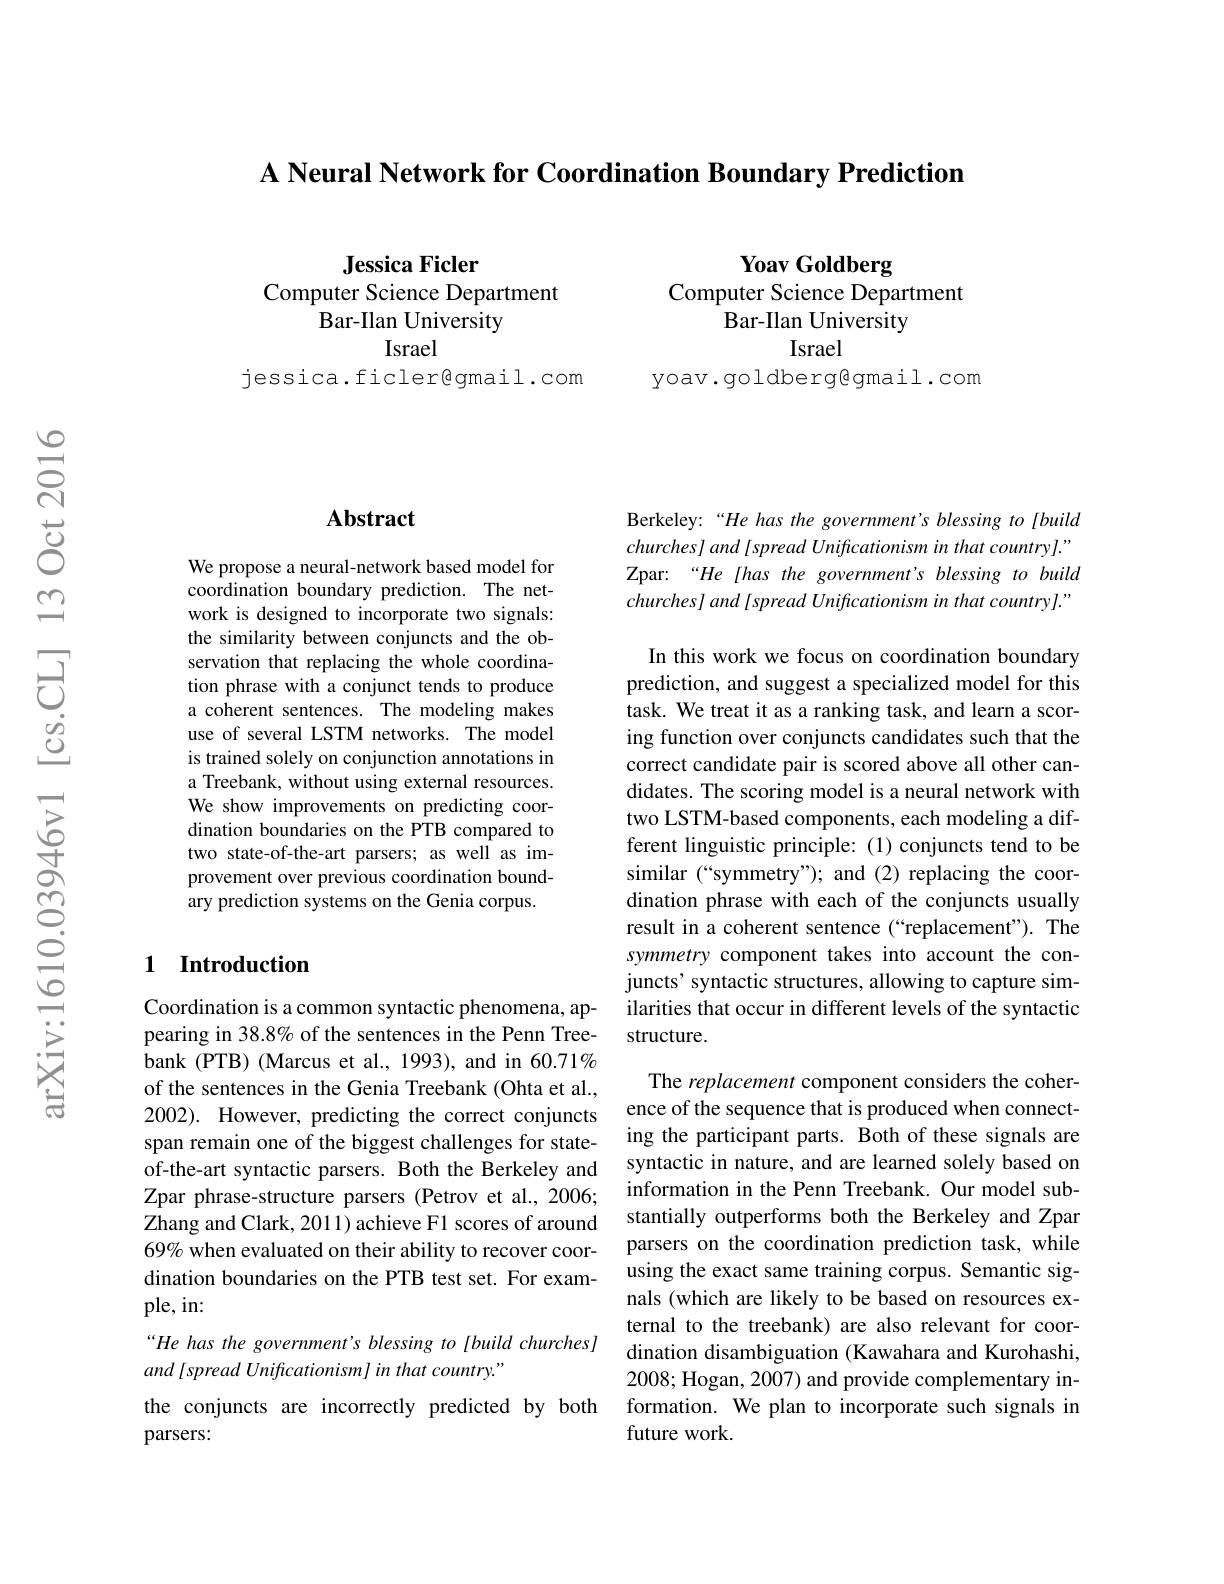
A Neural Network for Coordination Boundary Prediction

Jessica Ficler

Computer Science Department

Bar-Ilan University

Israel

jessica.ficler@gmail.com

Yoav Goldberg

Computer Science Department

Bar-Ilan University

Israel

yoav.goldberg@gmail.com

### $\mathbf{Abstract}$

We propose a neural-network based model for coordination boundary prediction. The network is designed to incorporate two signals: the similarity between conjuncts and the observation that replacing the whole coordination phrase with a conjunct tends to produce a coherent sentences. The modeling makes use of several LSTM networks. The model is trained solely on conjunction annotations in a Treebank, without using external resources. We show improvements on predicting coordination boundaries on the PTB compared to two state-of-the-art parsers; as well as improvement over previous coordination boundary prediction systems on the Genia corpus.

### 1 Introduction

Coordination is a common syntactic phenomena, appearing in 38.8% of the sentences in the Penn Treebank (PTB) (Marcus et al., 1993), and in 60.71% of the sentences in the Genia Treebank (Ohta et al., 2002). However, predicting the correct conjuncts span remain one of the biggest challenges for stateof-the-art syntactic parsers. Both the Berkeley and Zpar phrase-structure parsers (Petrov et al., 2006; Zhang and Clark, 2011) achieve F1 scores of around 69% when evaluated on their ability to recover coordination boundaries on the PTB test set. For example, in:

“He has the government's blessing to [build churches]
and [spread Unificationism] in that country."

the conjuncts are incorrectly predicted by both
parsers:

Berkeley:“He has the government’s blessing to [build churches] and [spread Unificationism in that country]." Zpar: “He Ihas the government's blessing to build churches] and [ spread Unificationism in that country]."

In this work we focus on coordination boundary prediction, and suggest a specialized model for this task. We treat it as a ranking task, and learn a scoring function over conjuncts candidates such that the correct candidate pair is scored above all other candidates. The scoring model is a neural network with two LSTM-based components, each modeling a different linguistic principle: (1) conjuncts tend to be similar (“symmetry”); and (2) replacing the coordination phrase with each of the conjuncts usually result in a coherent sentence (“replacement”). The symmetry component takes into account the conjuncts' syntactic structures, allowing to capture similarities that occur in different levels of the syntactic structure.

The replacement component considers the coherence of the sequence that is produced when connecting the participant parts. Both of these signals are syntactic in nature, and are learned solely based on information in the Penn Treebank. Our model substantially outperforms both the Berkeley and Zpar parsers on the coordination prediction task, while using the exact same training corpus. Semantic signals (which are likely to be based on resources external to the treebank) are also relevant for coordination disambiguation (Kawahara and Kurohashi, 2008; Hogan, 2007) and provide complementary information. We plan to incorporate such signals in future work